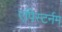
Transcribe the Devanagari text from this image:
एपिस्टर्नम